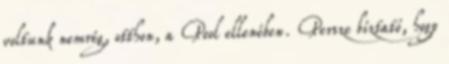
voltunk nemrég, otthon, a Pool ellenében. Persze bíztató, hogy